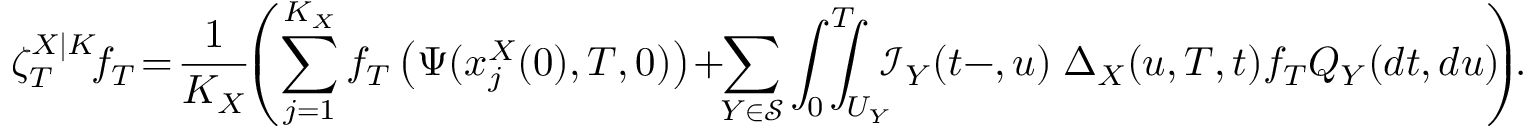
\angles { \zeta _ { T } ^ { X | K } \! } { f _ { T } } \! = \! \frac { 1 } { K _ { X } } \! \! \left( \sum _ { j = 1 } ^ { K _ { X } } f _ { T } \left( \Psi ( x _ { j } ^ { X } ( 0 ) , T , 0 ) \right) \! + \! \! \sum _ { Y \in \mathcal { S } } \int _ { 0 } ^ { T } \! \! \! \! \! \int _ { U _ { Y } } \! \! \! \mathcal { I } _ { Y } ( t - , u ) \angles { \Delta _ { X } ( u , T , t ) } { f _ { T } } Q _ { Y } ( d t , d u ) \! \! \right) \! \! .